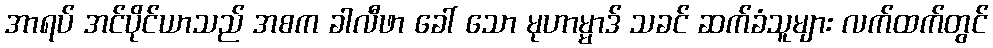
အာရပ် အင်ပိုင်ယာသည် အစက ခါလီဖာ ခေါ် သော မုဟာမ္မာဒ် သခင် ဆက်ခံသူများ လက်ထက်တွင်